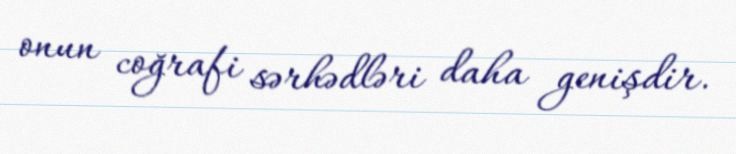
onun coğrafi sərhədləri daha genişdir.